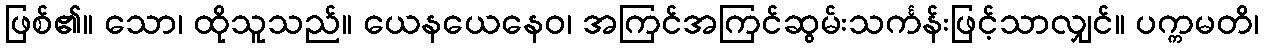
ဖြစ်၏။ သော၊ ထိုသူသည်။ ယေနယေနေဝ၊ အကြင်အကြင်ဆွမ်းသင်္ကန်းဖြင့်သာလျှင်။ ပက္ကမတိ၊